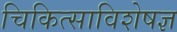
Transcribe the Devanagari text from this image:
चिकित्साविशेषज्ञ